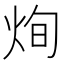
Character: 𤈎